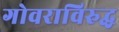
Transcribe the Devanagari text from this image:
गोवराविरुद्ध